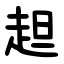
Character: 䞡